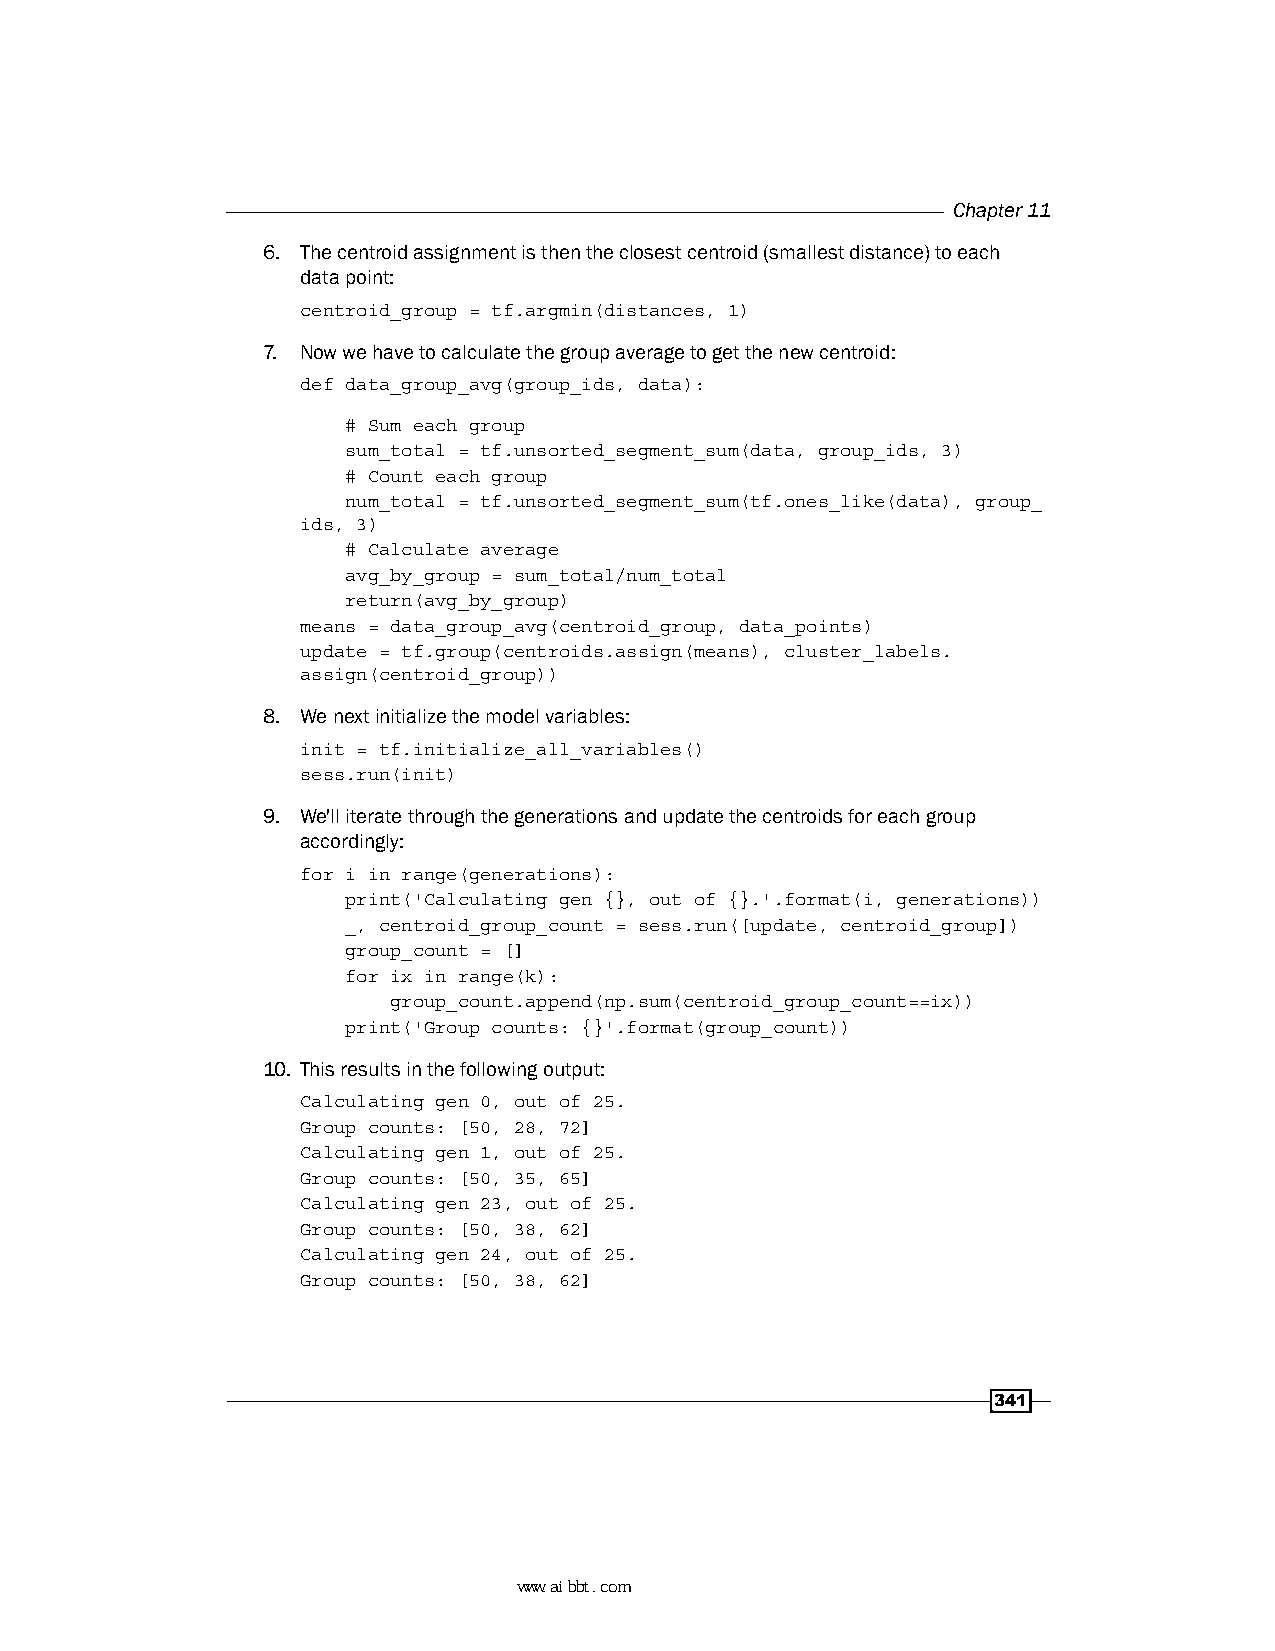
Chapter 11
 6. The centroid assignment is then the closest centroid (smallest distance) to each
 data point:
 centroid_group = tf.argmin(distances, 1)
 7. Now we have to calculate the group average to get the new centroid:
 def data_group_avg(group_ids, data):
 # Sum each group
 sum_total = tf.unsorted_segment_sum(data, group_ids, 3)
 # Count each group
 num_total = tf.unsorted_segment_sum(tf.ones_like(data), group_
 ids, 3)
 # Calculate average
 avg_by_group = sum_total/num_total
 return(avg_by_group)
 means = data_group_avg(centroid_group, data_points)
 update = tf.group(centroids.assign(means), cluster_labels.
 assign(centroid_group))
 8. We next initialize the model variables:
 init = tf.initialize_all_variables()
 sess.run(init)
 9. We'll iterate through the generations and update the centroids for each group
 accordingly:
 for i in range(generations):
 print('Calculating gen {}, out of {}.'.format(i, generations))
 _, centroid_group_count = sess.run([update, centroid_group])
 group_count = []
 for ix in range(k):
 group_count.append(np.sum(centroid_group_count==ix))
 print('Group counts: {}'.format(group_count))
 10. This results in the following output:
 Calculating gen 0, out of 25.
 Group counts: [50, 28, 72]
 Calculating gen 1, out of 25.
 Group counts: [50, 35, 65]
 Calculating gen 23, out of 25.
 Group counts: [50, 38, 62]
 Calculating gen 24, out of 25.
 Group counts: [50, 38, 62]
 341
 www.aibbt.com 让未来触手可及